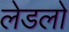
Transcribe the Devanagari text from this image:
लेडलो